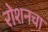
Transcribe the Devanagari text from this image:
रोशनचा